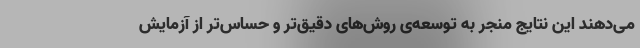
می‌دهند این نتایج منجر به توسعه‌ی روش‌های دقیق‌تر و حساس‌تر از آزمایش